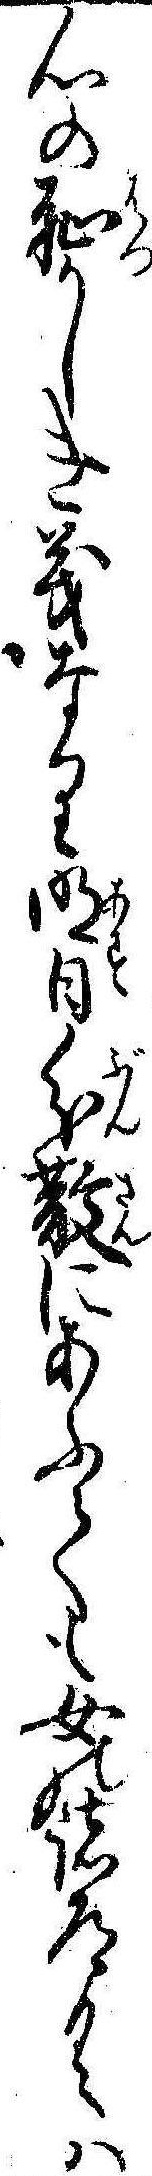
心の恥かしき義なり明日分散にあふても女の諸道具は